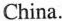
China.